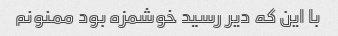
با این که دیر رسید خوشمزه بود ممنونم